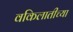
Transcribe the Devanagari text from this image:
वकिलातीच्या